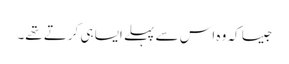
جیسا کہ وہ اس سے پہلے ایسا ہی کرتے تھے۔